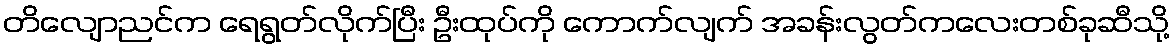
တိလျောညင်က ရေရွတ်လိုက်ပြီး ဦးထုပ်ကို ကောက်လျက် အခန်းလွတ်ကလေးတစ်ခုဆီသို့